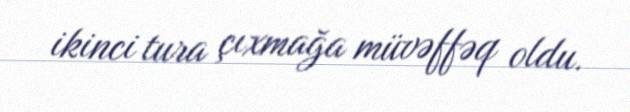
ikinci tura çıxmağa müvəffəq oldu.